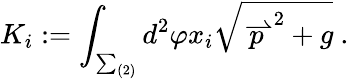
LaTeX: K_{i}:=\int_{\sum_{(2)}}d^{2}\varphi x_{i}\sqrt{\stackrel{\rightharpoonup}{p}^{2}+g}\ .